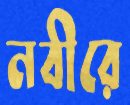
নবীরে